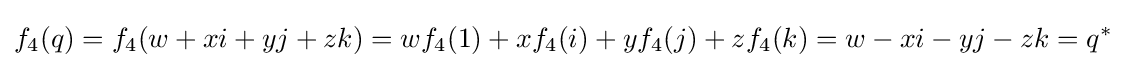
f_{4}(q)=f_{4}(w+xi+yj+zk)=wf_{4}(1)+xf_{4}(i)+yf_{4}(j)+zf_{4}(k)=w-xi-yj-zk=q^{*}